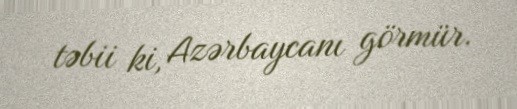
təbii ki, Azərbaycanı görmür.